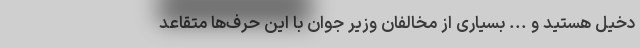
دخیل هستید و ... بسیاری از مخالفان وزیر جوان با این حرف‌ها متقاعد